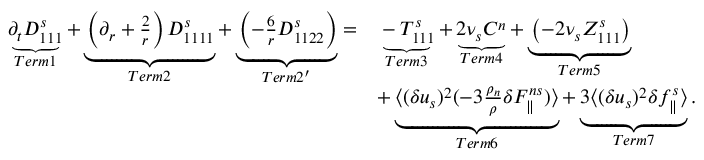
\begin{array} { r l } { \underbrace { \partial _ { t } D _ { 1 1 1 } ^ { s } } _ { T e r m 1 } + \underbrace { \left( \partial _ { r } + \frac { 2 } { r } \right) D _ { 1 1 1 1 } ^ { s } } _ { T e r m 2 } + \underbrace { \left( - \frac { 6 } { r } D _ { 1 1 2 2 } ^ { s } \right) } _ { T e r m 2 ^ { \prime } } = } & { \underbrace { - T _ { 1 1 1 } ^ { s } } _ { T e r m 3 } + \underbrace { 2 \nu _ { s } C ^ { n } } _ { T e r m 4 } + \underbrace { \left( - 2 \nu _ { s } Z _ { 1 1 1 } ^ { s } \right) } _ { T e r m 5 } } \\ & { + \underbrace { \langle { ( \delta u _ { s } ) ^ { 2 } ( - 3 \frac { \rho _ { n } } { \rho } \delta F _ { \parallel } ^ { n s } ) } \rangle } _ { T e r m 6 } + \underbrace { 3 \langle { ( \delta u _ { s } ) ^ { 2 } \delta f _ { \parallel } ^ { s } } \rangle } _ { T e r m 7 } . } \end{array}